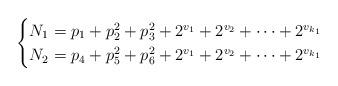
LaTeX: \begin{align*} \begin{cases} N_{1} = p_{1}+p_{2}^{2}+p_{3}^{2}+2^{v_{1}}+2^{v_{2}}+\cdots+2^{v_{k_{1}}}\\ N_{2} = p_{4}+p_{5}^{2}+p_{6}^{2}+2^{v_{1}}+2^{v_{2}}+\cdots+2^{v_{k_{1}}}\end{cases}\end{align*}